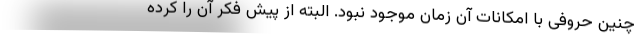
چنین حروفی با امکانات آن زمان موجود نبود. البته از پیش فکر آن را کرده